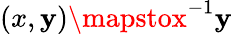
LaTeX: (x,\mathbf{y})\mapstox^{-1}\mathbf{y}